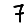
Digit: 7